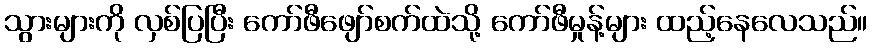
သွားများကို လှစ်ပြပြီး ကော်ဖီဖျော်စက်ထဲသို့ ကော်ဖီမှုန့်များ ထည့်နေလေသည်။